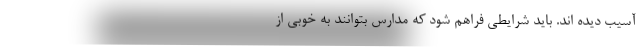
آسیب دیده اند. باید شرایطی فراهم شود که مدارس بتوانند به خوبی از